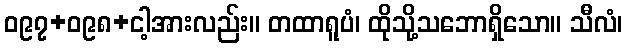
ဝ၉၇+ဝ၉၈+ငါ့အားလည်း။ တထာရူပံ၊ ထိုသို့သဘောရှိသော။ သီလံ၊